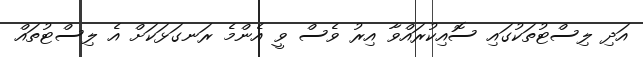
އަދި ލިސްޓުތަކުގައި ސޮއިކުރައްވާ އިރު ވެސް ވީ އެންމެ ރަނގަޅަކަށް އެ ލިސްޓުތައް